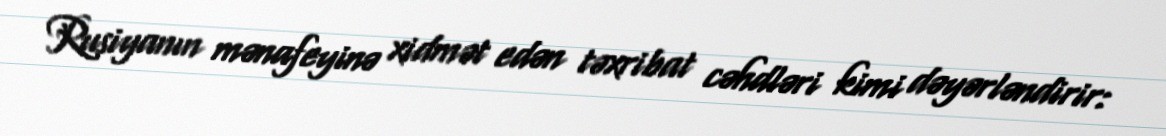
Rusiyanın mənafeyinə xidmət edən təxribat cəhdləri kimi dəyərləndirir: